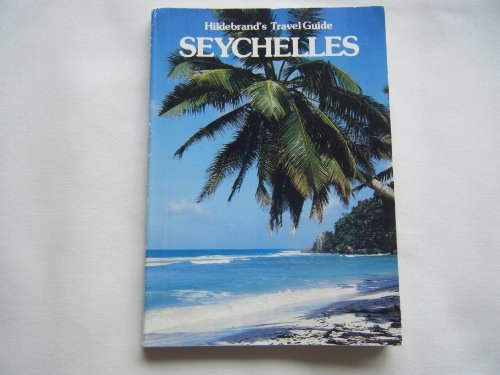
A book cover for Hildebrand Travel Guide: Seychelles; Hildebrand; Travel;